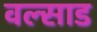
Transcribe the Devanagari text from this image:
वल्साड